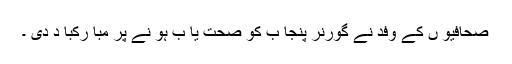
صحافیو ں کے وفد نے گورنر پنجا ب کو صحت یا ب ہو نے پر مبا رکبا د دی ۔